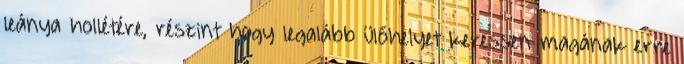
leánya hollétére, részint hogy legalább ülőhelyet keressen magának erre